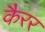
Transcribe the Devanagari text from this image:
कैरर